Tezpur Lunatic Asylum reports 1895-1904 - 1895-1904
Year: 1895
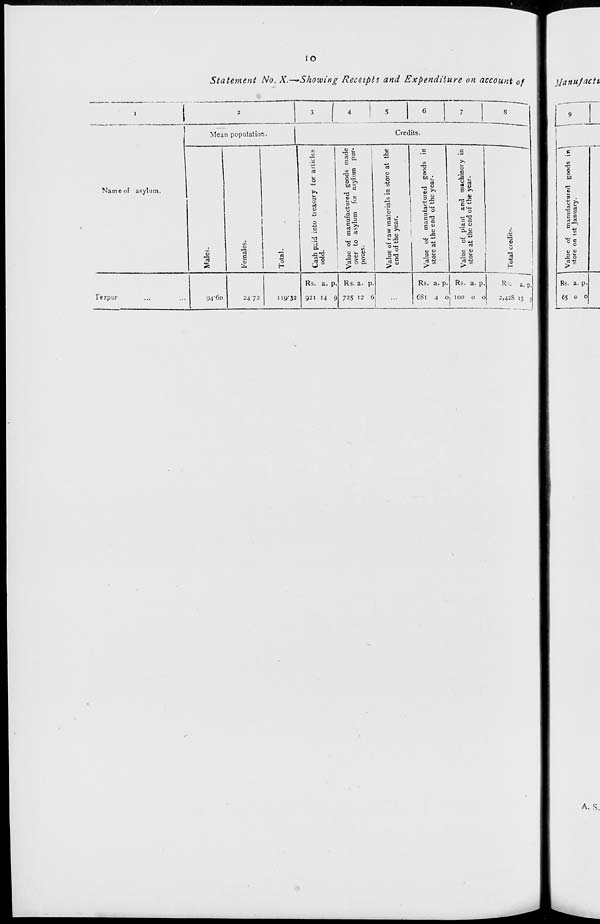
>
c
o
•s »
-,
p
10
ON
s? 2?
-
•o
5 »
o
«
3
e
Males.
Females.
Total.
Cash pj.id into treasury for articles
sold.
Value of manufactured goods made
over to asylum foi asylum pur-
poses.
Value of raw materials in store at the
end of the year.
Value of manufactured goods in
store at the end of the year.
Value of plant and machinery in
store at the end of the year.
• Total credits
o
o
e
o
a
n
n
Ci
Co
ft.
St
R
Value o£ manufactured goods in
store on ist January.
54
Sk